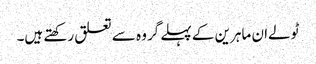
ٹولےان ماہرین کے پہلے گروہ سے تعلق رکھتے ہیں۔